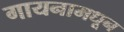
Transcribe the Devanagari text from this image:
गायनामधून